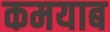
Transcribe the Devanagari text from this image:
कमयाब